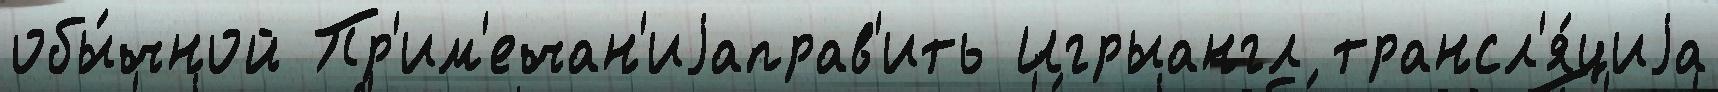
обы́чной Пр'им'ечан'иjаправ'ить Игрыангл трансл'я́циjа